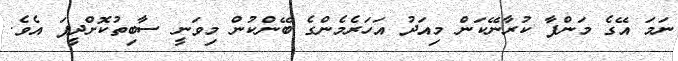
ނަމަ އޭގެ މަންފާ ކުރާނޭކަން މިއަދު އަހަރެމެންގެ ބޭންކުން މިވަނީ ސާބިތުކޮށްދީފަ އެވެ.